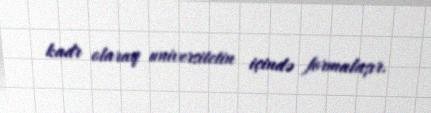
kadr olaraq universitetin içində formalaşır.